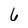
Character: 6